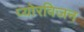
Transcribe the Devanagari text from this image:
प्योरविजन